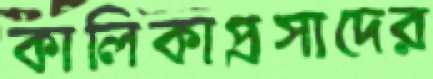
কালিকাপ্রসাদের